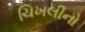
ચિખલીનો